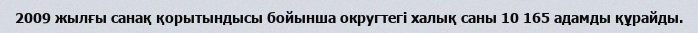
2009 жылғы санақ қорытындысы бойынша округтегі халық саны 10 165 адамды құрайды.